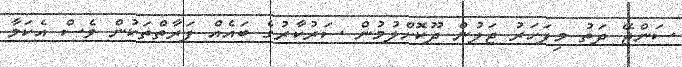
ސަންޖޭ ދަތު މިފަހަރު ޖަލުން ދޫކޮށްލުމުން ސަރުކާރުގެ ބައެއް ފަރާތްތަކުން ވެސް އެކަމާ